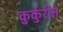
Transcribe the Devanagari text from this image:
कुर्कुरीत